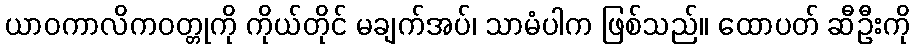
ယာဝကာလိကဝတ္တုကို ကိုယ်တိုင် မချက်အပ်၊ သာမံပါက ဖြစ်သည်။ ထောပတ် ဆီဦးကို